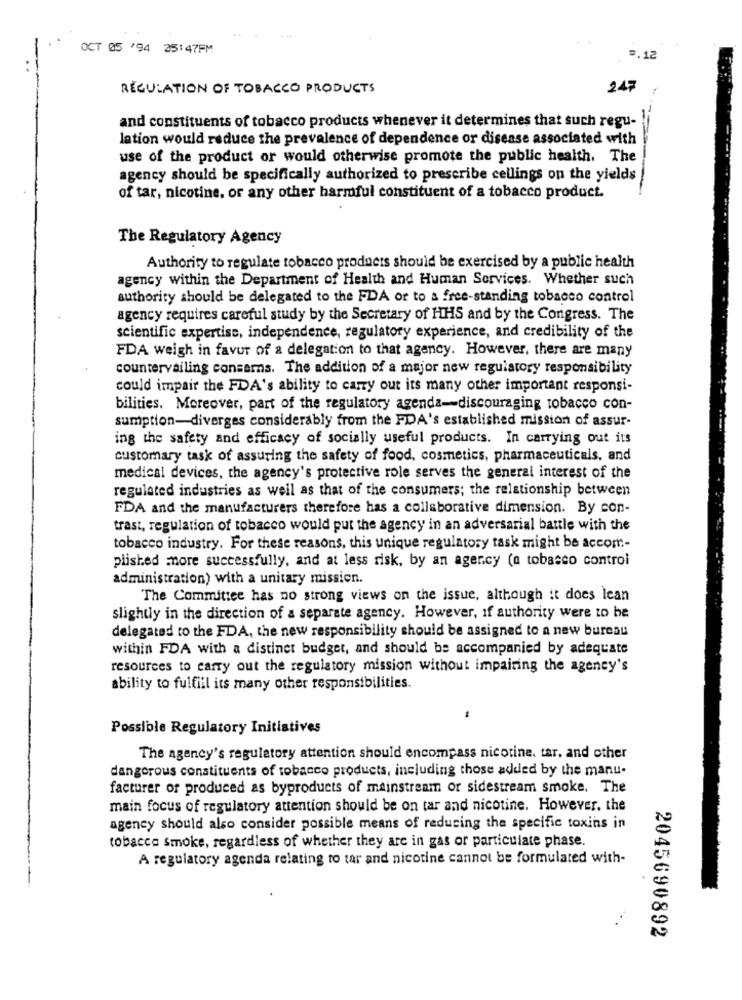
OCT 05 /94 25:47FM
.12
REGULATION OF TOBACCO PRODUCTS
247
and constituents of tobacco products whenever it determines that such regu-
lation would reduce the prevalence of dependence or disease associated with
use of the product or would otherwise promote the public health. The
agency should be specifically authorized to prescribe cellings on the yields
of tar, nicotine, or any other harmful constituent of a tobacco product.
The Regulatory Agency
Authority to regulate tobacco products should be exercised by a public health
agency within the Department of Health and Human Services. Whether such
authority should be delegated to the FDA or to a free-standing tobacco control
agency requires careful study by the Secretary of HHS and by the Congress. The
scientific expertise, independence, regulatory experience, and credibility of the
FDA weigh in favor of a delegation to that agency. However, there are many
countervailing concerns. The addition of a major new regulatory responsibility
could impair the FDA's ability to carry out its many other important responsi-
bilities. Moreover, part of the regulatory agenda-discouraging tobacco con-
sumption-diverges considerably from the FDA's established mission of assur-
ing the safety and efficacy of socially useful products. In carrying out its
customary task of assuring the safety of food, cosmetics, pharmaceuticals, and
medical devices, the agency's protective role serves the general interest of the
regulated industries as well as that of the consumers; the relationship between
FDA and the manufacturers therefore has a collaborative dimension. By con-
trast, regulation of tobacco would put the agency in an adversarial battle with the
tobacco industry. For these reasons, this unique regulatory task might be accom-
plished more successfully, and at less risk, by an agency (a tobacco control
administration) with a unitary mission.
The Committee has no strong views on the issue, although it does lean
slightly in the direction of a separate agency. However, if authority were to be
delegated to the FDA, the new responsibility should be assigned to a new bureau
within FDA with a distinct budget, and should be accompanied by adequate
resources to carry out the regulatory mission without impairing the agency's
ability to fulfill its many other responsibilities.
Possible Regulatory Initiatives
The agency's regulatory attention should encompass nicotine. tar, and other
dangerous constituents of tobacco products, including those added by the manu-
facturer of produced as byproducts of mainstream or sidestream smoke. The
main focus of regulatory attention should be on tar and nicotine. However, the
agency should also consider possible means of reducing the specific toxins in
tobacco smoke, regardless of whether they are in gas or particulate phase.
A regulatory agenda relating to tar and nicotine cannot be formulated with-
2045690892